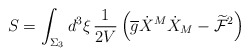
\begin{align*}S = \int_{\Sigma_{3}} d^{3}\xi\,\frac{1}{2V} \left(\overline{g}\dot{X}^{M}\dot{X}_{M} -\widetilde{\mathcal{F}}^{2}\right)\end{align*}